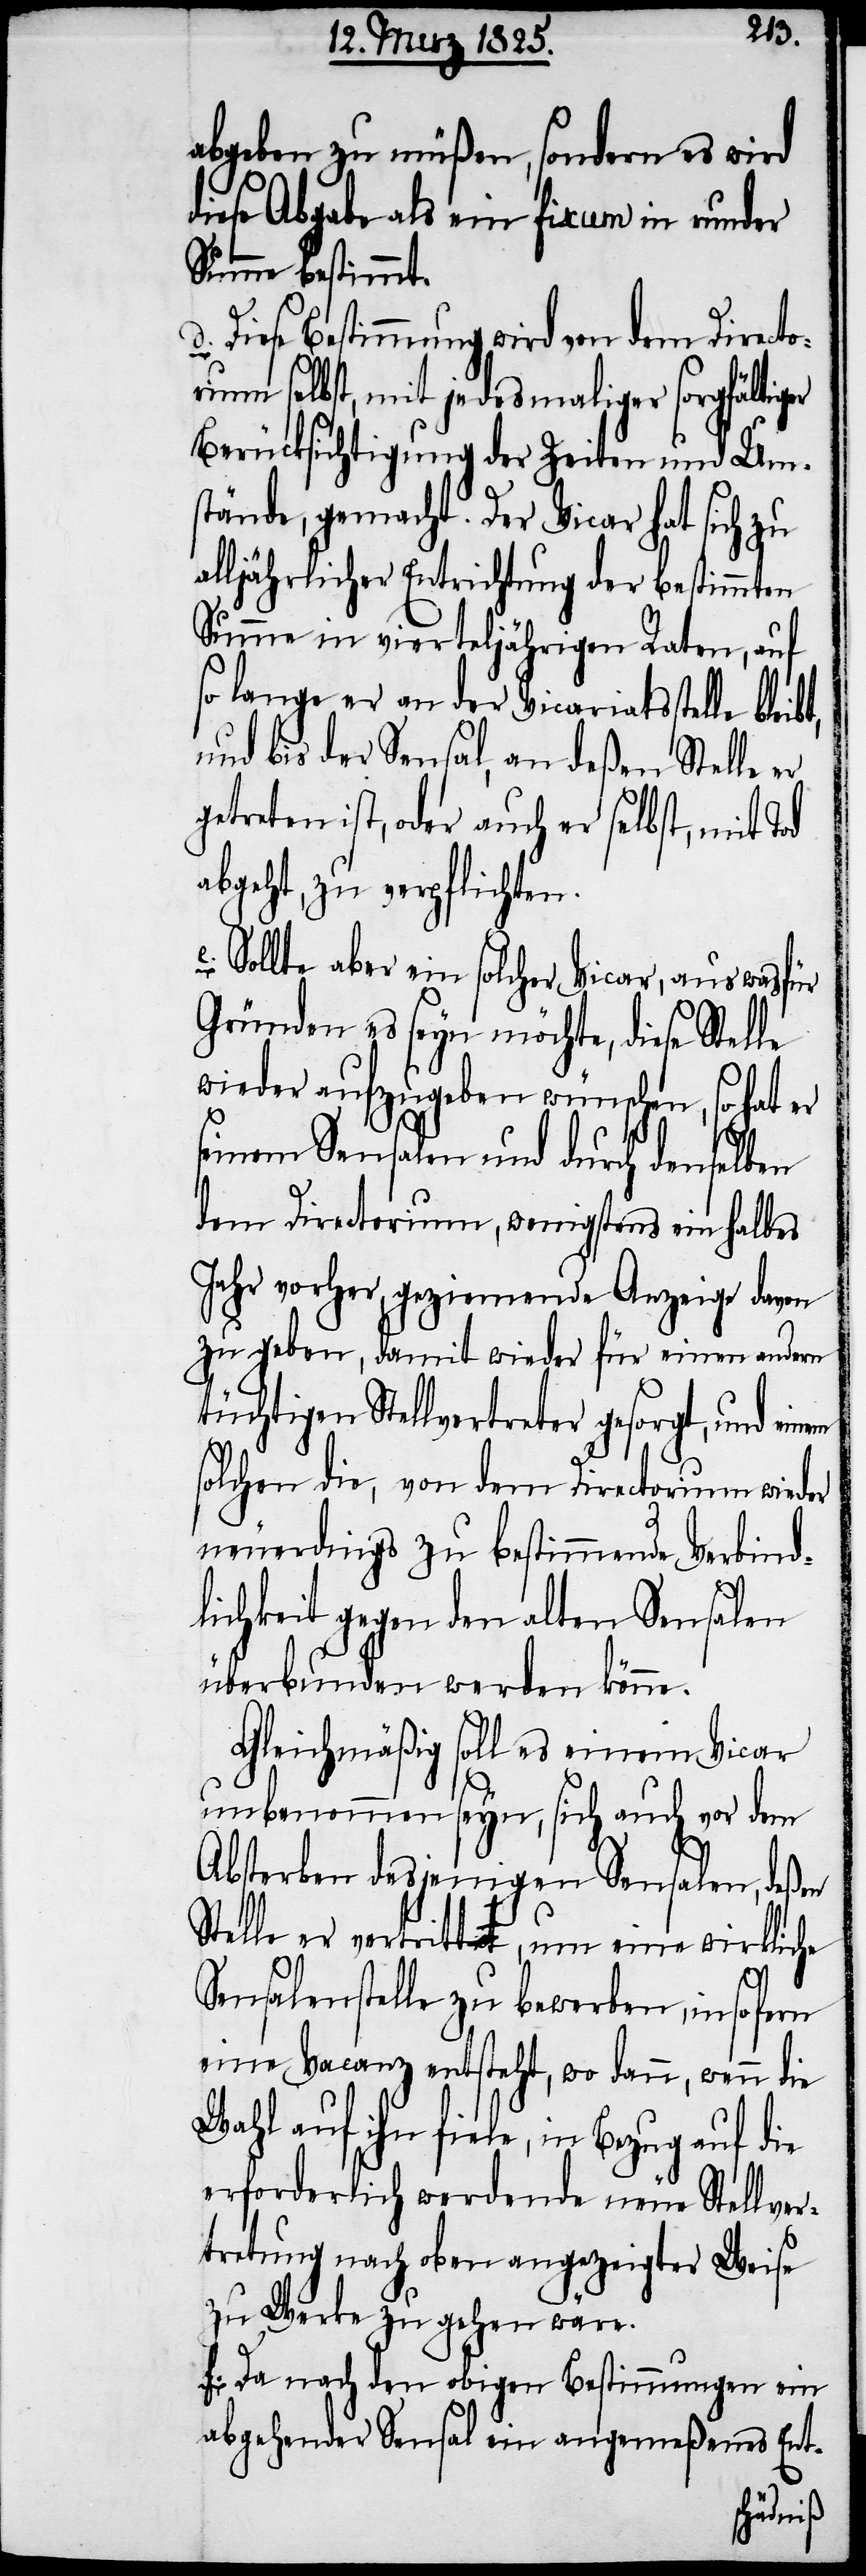
er
abgeben zu müßen, sondern es wird
diese Abgabe als ein fixum in runder
Summe bestimmt.
Diese Bestimmung wird von dem Directo¬
rium selbst, mit jedesmaliger sorgfältig¬
Berücksichtigung der Zeiten und Um¬
stände, gemacht. Der Vicar hat sich zu
alljährlicher Entrichtung der bestimmten
Summe in vierteljährigen Raten, auf
so lange er an der Vicariatsstelle bleibt,
und bis der Sensal, an deßen Stelle er
getreten ist, oder auch er selbst, mit Tod
abgeht, zu verpflichten.
e. Sollte aber ein solcher Vicar, aus was für
Gründen es seyn möchte, diese Stelle
wieder aufzugeben wünschen, so hat
seinem Sensalen und durch denselben
dem Directorium, wenigstens ein halbes
Jahr vorher, geziemende Anzeige davon
zu geben, damit wieder für einen andern
tüchtigen Stellvertreter gesorgt, und einem
solchen die, von dem Directorium wieder
neuerdings zu bestimmende Verbind¬
lichkeit gegen den alten Sensalen
überbunden werden könne.
Gleichmäßig soll es einem Vicar
unbenommen seyn, sich auch vor dem
Absterben desjenigen Sensalen, deßen
telle er vertritt, um eine wirklich
S¬
Sensalenstelle zu bewerben, in so fern
eine Vacanz entsteht, wo dann, wenn die
Wahl auf ihn fiele, in Bezug auf die
erforderlich werdende neue Stellver¬
tretung nach oben angezeigter Weise
zu Werke zu gehen wäre.
f. Da nach den obigen Bestimmungen ein
abgehender Sensal ein angemeßenes Ent-